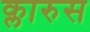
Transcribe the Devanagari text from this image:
क्लारुस